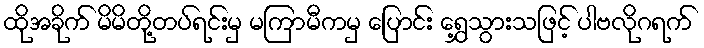
ထိုအခိုက် မိမိတို့တပ်ရင်းမှ မကြာမီကမှ ပြောင်း ရွှေ့သွားသဖြင့် ပါဗလိုဂရက်